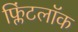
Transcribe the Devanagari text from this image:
फ्लिंटलॉक